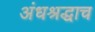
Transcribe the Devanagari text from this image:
अंधश्रद्धाच